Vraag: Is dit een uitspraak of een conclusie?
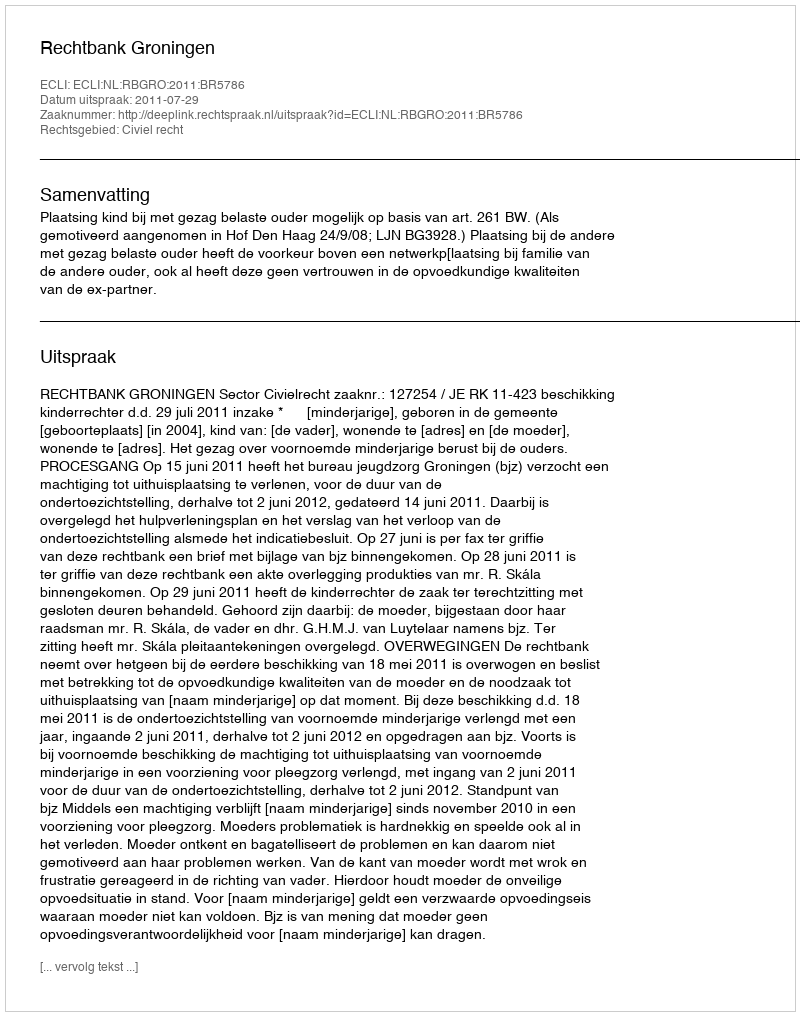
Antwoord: Uitspraak